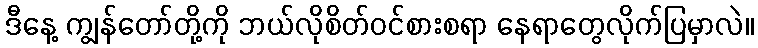
ဒီနေ့ ကျွန်တော်တို့ကို ဘယ်လိုစိတ်ဝင်စားစရာ နေရာတွေလိုက်ပြမှာလဲ။